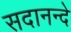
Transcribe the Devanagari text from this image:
सदानन्दे